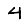
Digit: 4